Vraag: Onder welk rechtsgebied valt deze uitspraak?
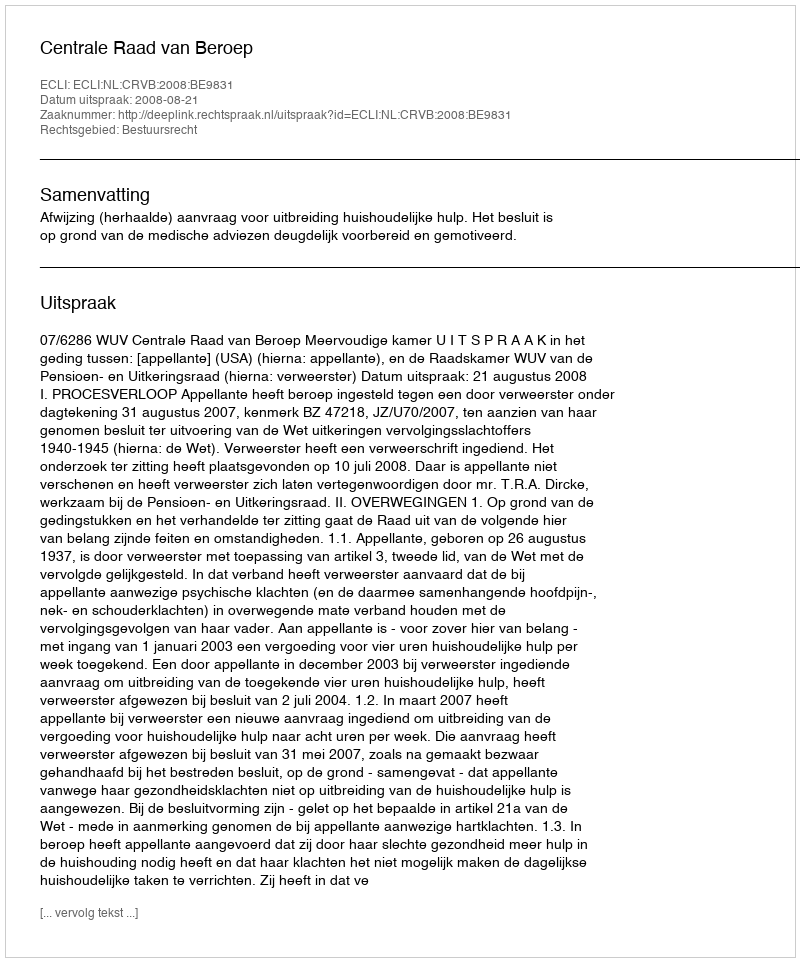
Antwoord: Bestuursrecht